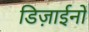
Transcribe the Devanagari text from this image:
डिज़ाईनों